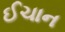
ઈચાન